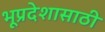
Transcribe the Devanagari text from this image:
भूप्रदेशासाठी